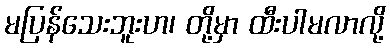
မပြန်သေးဘူးဟ၊ တို့မှာ ထီးပါမလာလို့